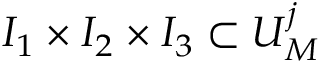
I _ { 1 } \times I _ { 2 } \times I _ { 3 } \subset U _ { M } ^ { j }